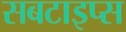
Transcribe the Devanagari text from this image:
सबटाइप्स